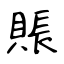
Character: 賬